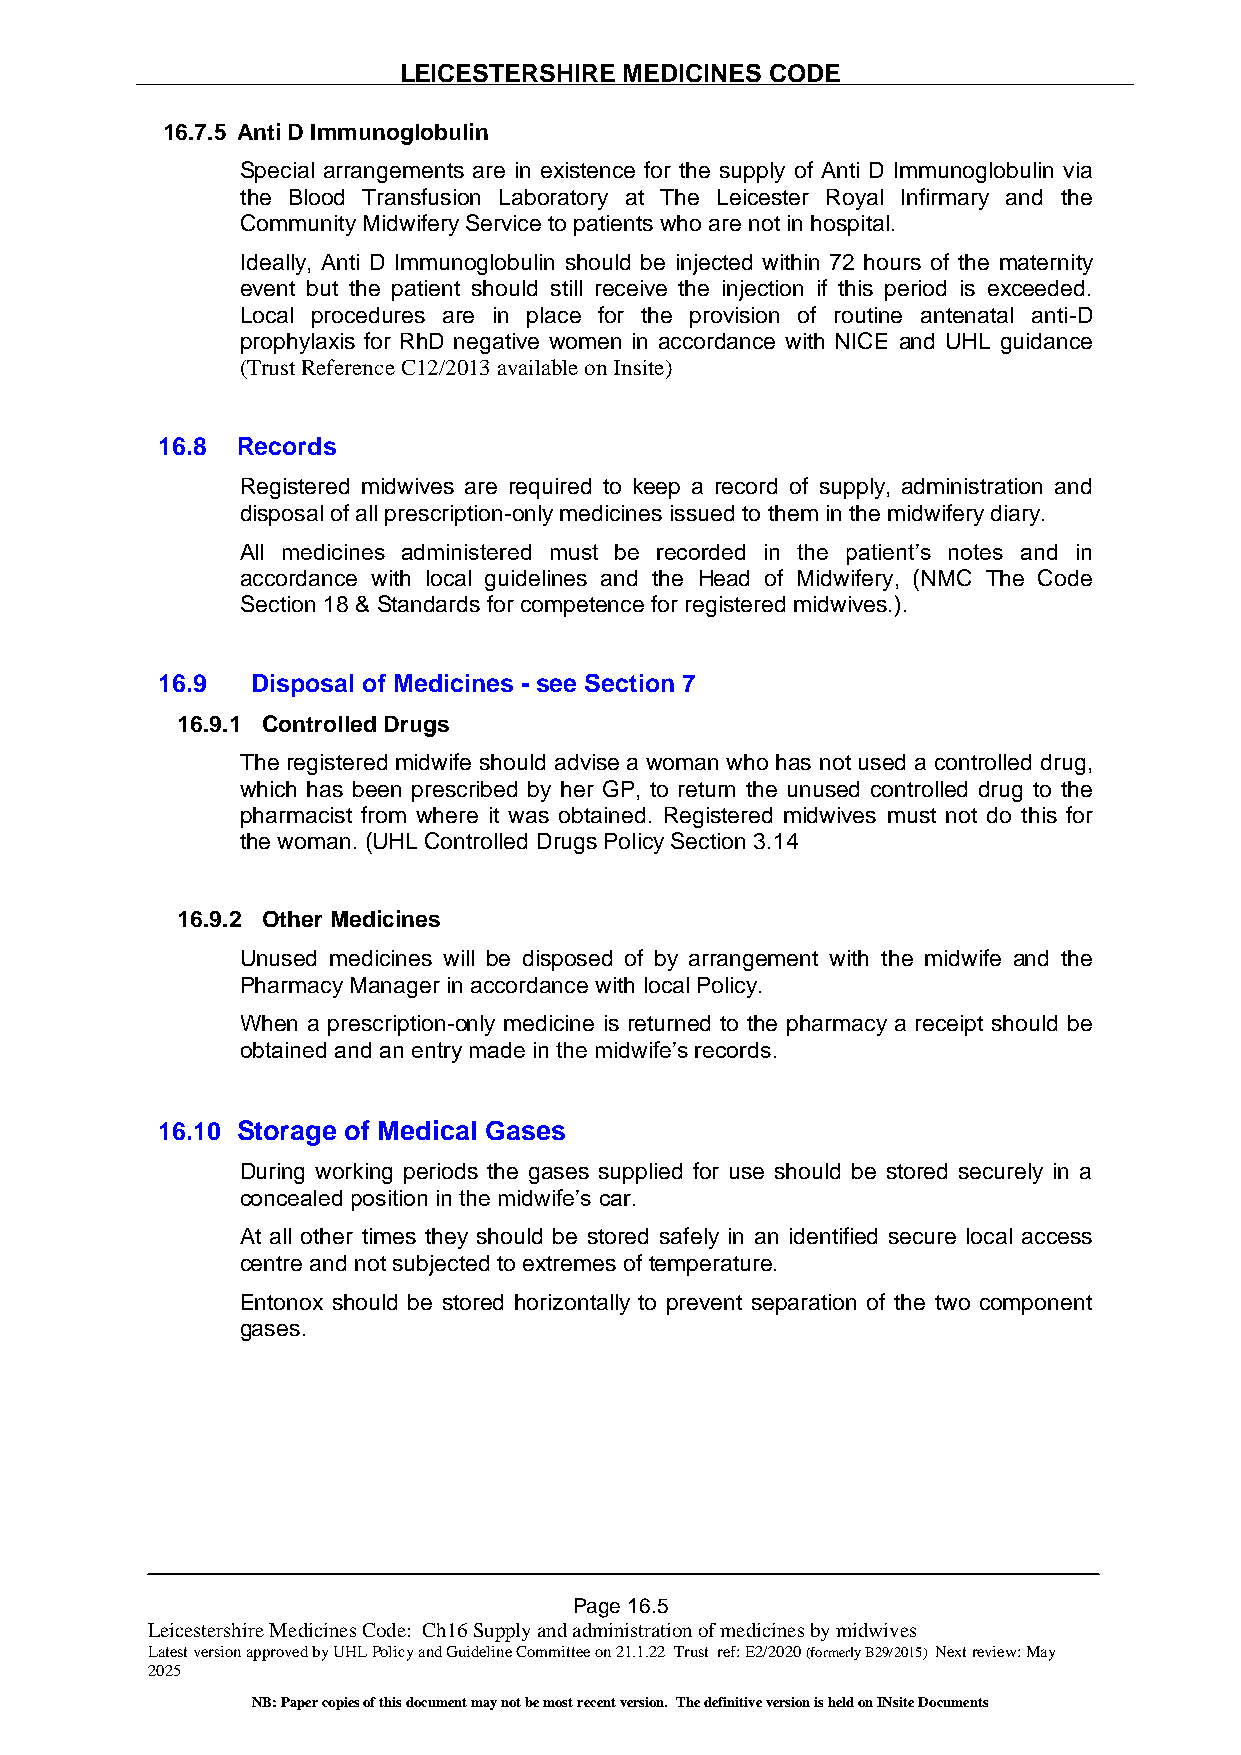
LEICESTERSHIRE MEDICINES CODE
 16.7.5 Anti D Immunoglobulin
 Special arrangements are in existence for the supply of Anti D Immunoglobulin via
 the Blood Transfusion Laboratory at The Leicester Royal Infirmary and the
 Community Midwifery Service to patients who are not in hospital.
 Ideally, Anti D Immunoglobulin should be injected within 72 hours of the maternity
 event but the patient should still receive the injection if this period is exceeded.
 Local procedures are in place for the provision of routine antenatal anti-D
 prophylaxis for RhD negative women in accordance with NICE and UHL guidance
 (Trust Reference C12/2013 available on Insite)
 16.8  Records
 Registered midwives are required to keep a record of supply, administration and
 disposal of all prescription-only medicines issued to them in the midwifery diary.
 All medicines administered must be recorded in the patient’s notes and in
 accordance with local guidelines and the Head of Midwifery, (NMC The Code
 Section 18 & Standards for competence for registered midwives.).
 16.9   Disposal of Medicines - see Section 7
 16.9.1 Controlled Drugs
 The registered midwife should advise a woman who has not used a controlled drug,
 which has been prescribed by her GP, to return the unused controlled drug to the
 pharmacist from where it was obtained. Registered midwives must not do this for
 the woman. (UHL Controlled Drugs Policy Section 3.14
 16.9.2 Other Medicines
 Unused medicines will be disposed of by arrangement with the midwife and the
 Pharmacy Manager in accordance with local Policy.
 When a prescription-only medicine is returned to the pharmacy a receipt should be
 obtained and an entry made in the midwife’s records.
 16.10 Storage of Medical Gases
 During working periods the gases supplied for use should be stored securely in a
 concealed position in the midwife’s car.
 At all other times they should be stored safely in an identified secure local access
 centre and not subjected to extremes of temperature.
 Entonox should be stored horizontally to prevent separation of the two component
 gases.
 Page 16.5
 Leicestershire Medicines Code: Ch16 Supply and administration of medicines by midwives
 Latest version approved by UHL Policy and Guideline Committee on 21.1.22 Trust ref: E2/2020 (formerly B29/2015) Next review: May
 2025
 NB: Paper copies of this document may not be most recent version. The definitive version is held on INsite Documents